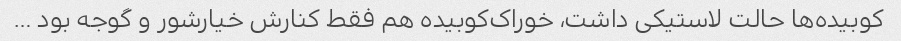
کوبیده‌ها حالت لاستیکی داشت، خوراک‌کوبیده هم فقط کنارش خیارشور و گوجه بود …